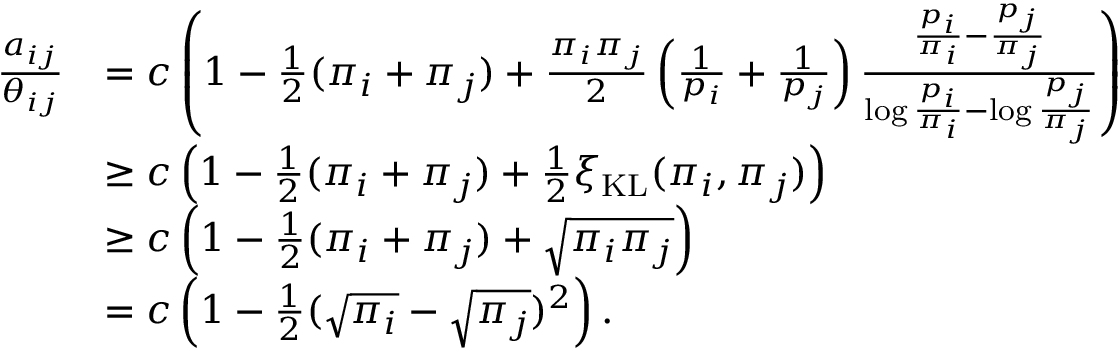
\begin{array} { r l } { \frac { a _ { i j } } { \theta _ { i j } } } & { = c \left( 1 - \frac { 1 } { 2 } ( \pi _ { i } + \pi _ { j } ) + \frac { \pi _ { i } \pi _ { j } } { 2 } \left( \frac { 1 } { p _ { i } } + \frac { 1 } { p _ { j } } \right) \frac { \frac { p _ { i } } { \pi _ { i } } - \frac { p _ { j } } { \pi _ { j } } } { \log \frac { p _ { i } } { \pi _ { i } } - \log \frac { p _ { j } } { \pi _ { j } } } \right) } \\ & { \geq c \left( 1 - \frac { 1 } { 2 } ( \pi _ { i } + \pi _ { j } ) + \frac { 1 } { 2 } \xi _ { \mathrm { K L } } ( \pi _ { i } , \pi _ { j } ) \right) } \\ & { \geq c \left( 1 - \frac { 1 } { 2 } ( \pi _ { i } + \pi _ { j } ) + \sqrt { \pi _ { i } \pi _ { j } } \right) } \\ & { = c \left( 1 - \frac { 1 } { 2 } ( \sqrt { \pi _ { i } } - \sqrt { \pi _ { j } } ) ^ { 2 } \right) . } \end{array}